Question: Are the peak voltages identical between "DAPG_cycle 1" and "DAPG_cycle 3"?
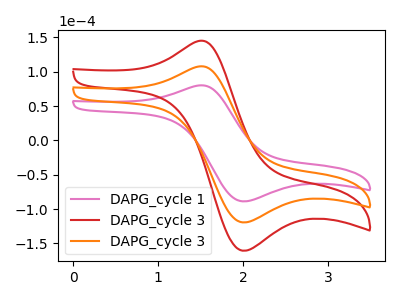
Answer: <think>The pink curve "DAPG_cycle 1" has an anodic peak at (1.45V, 79.95uA) and a cathodic peak at (2.00V, -88.70uA). The red curve "DAPG_cycle 3" has an anodic peak at (1.45V, 215.15uA) and a cathodic peak at (2.00V, -238.70uA). The orange curve "DAPG_cycle 3" has an anodic peak at (1.45V, 107.60uA) and a cathodic peak at (2.00V, -119.35uA).</think>
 <answer>Yes, "DAPG_cycle 1" have a peak in "DAPG_cycle 3" at the same potential.</answer>
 <eval>match</eval>